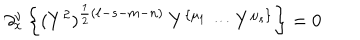
\partial _ { x } ^ { \nu } \left\{ ( Y ^ { 2 } ) ^ { \frac { 1 } { 2 } ( \ell - s - m - n ) } \ Y ^ { \{ \mu _ { 1 } } \cdots Y ^ { \mu _ { s } \} } \right\} = 0